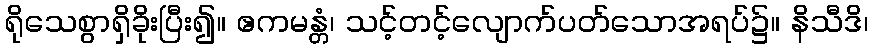
ရိုသေစွာရှိခိုးပြီး၍။ ဧကမန္တံ၊ သင့်တင့်လျောက်ပတ်သောအရပ်၌။ နိသီဒိ၊